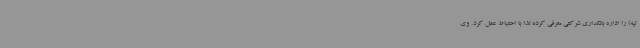
تپه) را اداره بانکداری شرکتی معرفی کرده لذا با احتیاط عمل کرد. وی